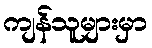
ကျန်သူများမှာ